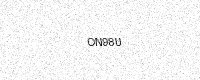
Text: ON98U